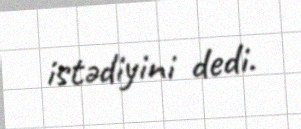
istədiyini dedi.